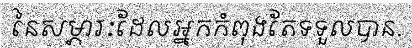
នៃសម្ភារៈដែលអ្នកកំពុងតែទទួលបាន.